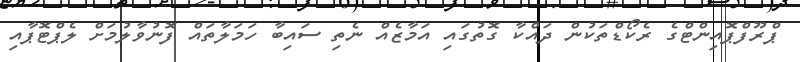
ޕްރޫފްޕޮއިންޓްގެ ރެކޯޑްތަކުން ދައްކާ ގޮތުގައި އަމާޒެއް ނެތި ސައިބާ ހަމަލާތައް ފޮނުވާލުމަށް ލެޕްޓޮޕާއި